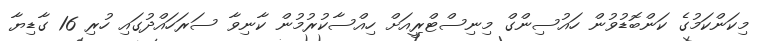
މިކަންކަމުގެ ކަންބޮޑުވުން ހައުސިންގް މިނިސްޓްރީއަށް ހިއްސާކުރުމުން ކާނިވާ ސަރަހައްދުގައި ހުރި 16 ގާޑިޔާ